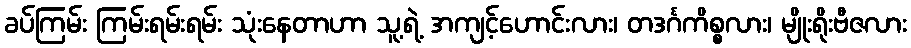
ခပ်ကြမ်း ကြမ်းရမ်းရမ်း သုံးနေတာဟာ သူ့ရဲ့ အကျင့်ဟောင်းလား၊ တဒင်္ဂကိစ္စလား၊ မျိုးရိုးဗီဇလား